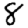
Digit: 8